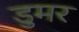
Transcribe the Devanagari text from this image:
डुमर